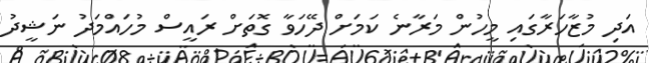
އަދި މުޒާހަރާގައި މީހުން މަރާނެ ކަމަށް ދޭހަވާ ގޮތަށް ރައީސް މުހައްމަދު ނަޝީދު